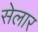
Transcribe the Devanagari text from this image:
सेलार